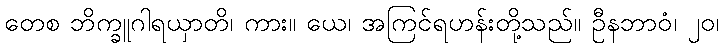
တေစ ဘိက္ခူဂါရယှာတိ၊ ကား။ ယေ၊ အကြင်ရဟန်းတို့သည်။ ဦနဘာဝံ၊ ၂၀၊